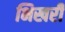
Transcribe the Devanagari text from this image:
भिखरी